Tartu_Kolgata_baptistikogudus, lk 2
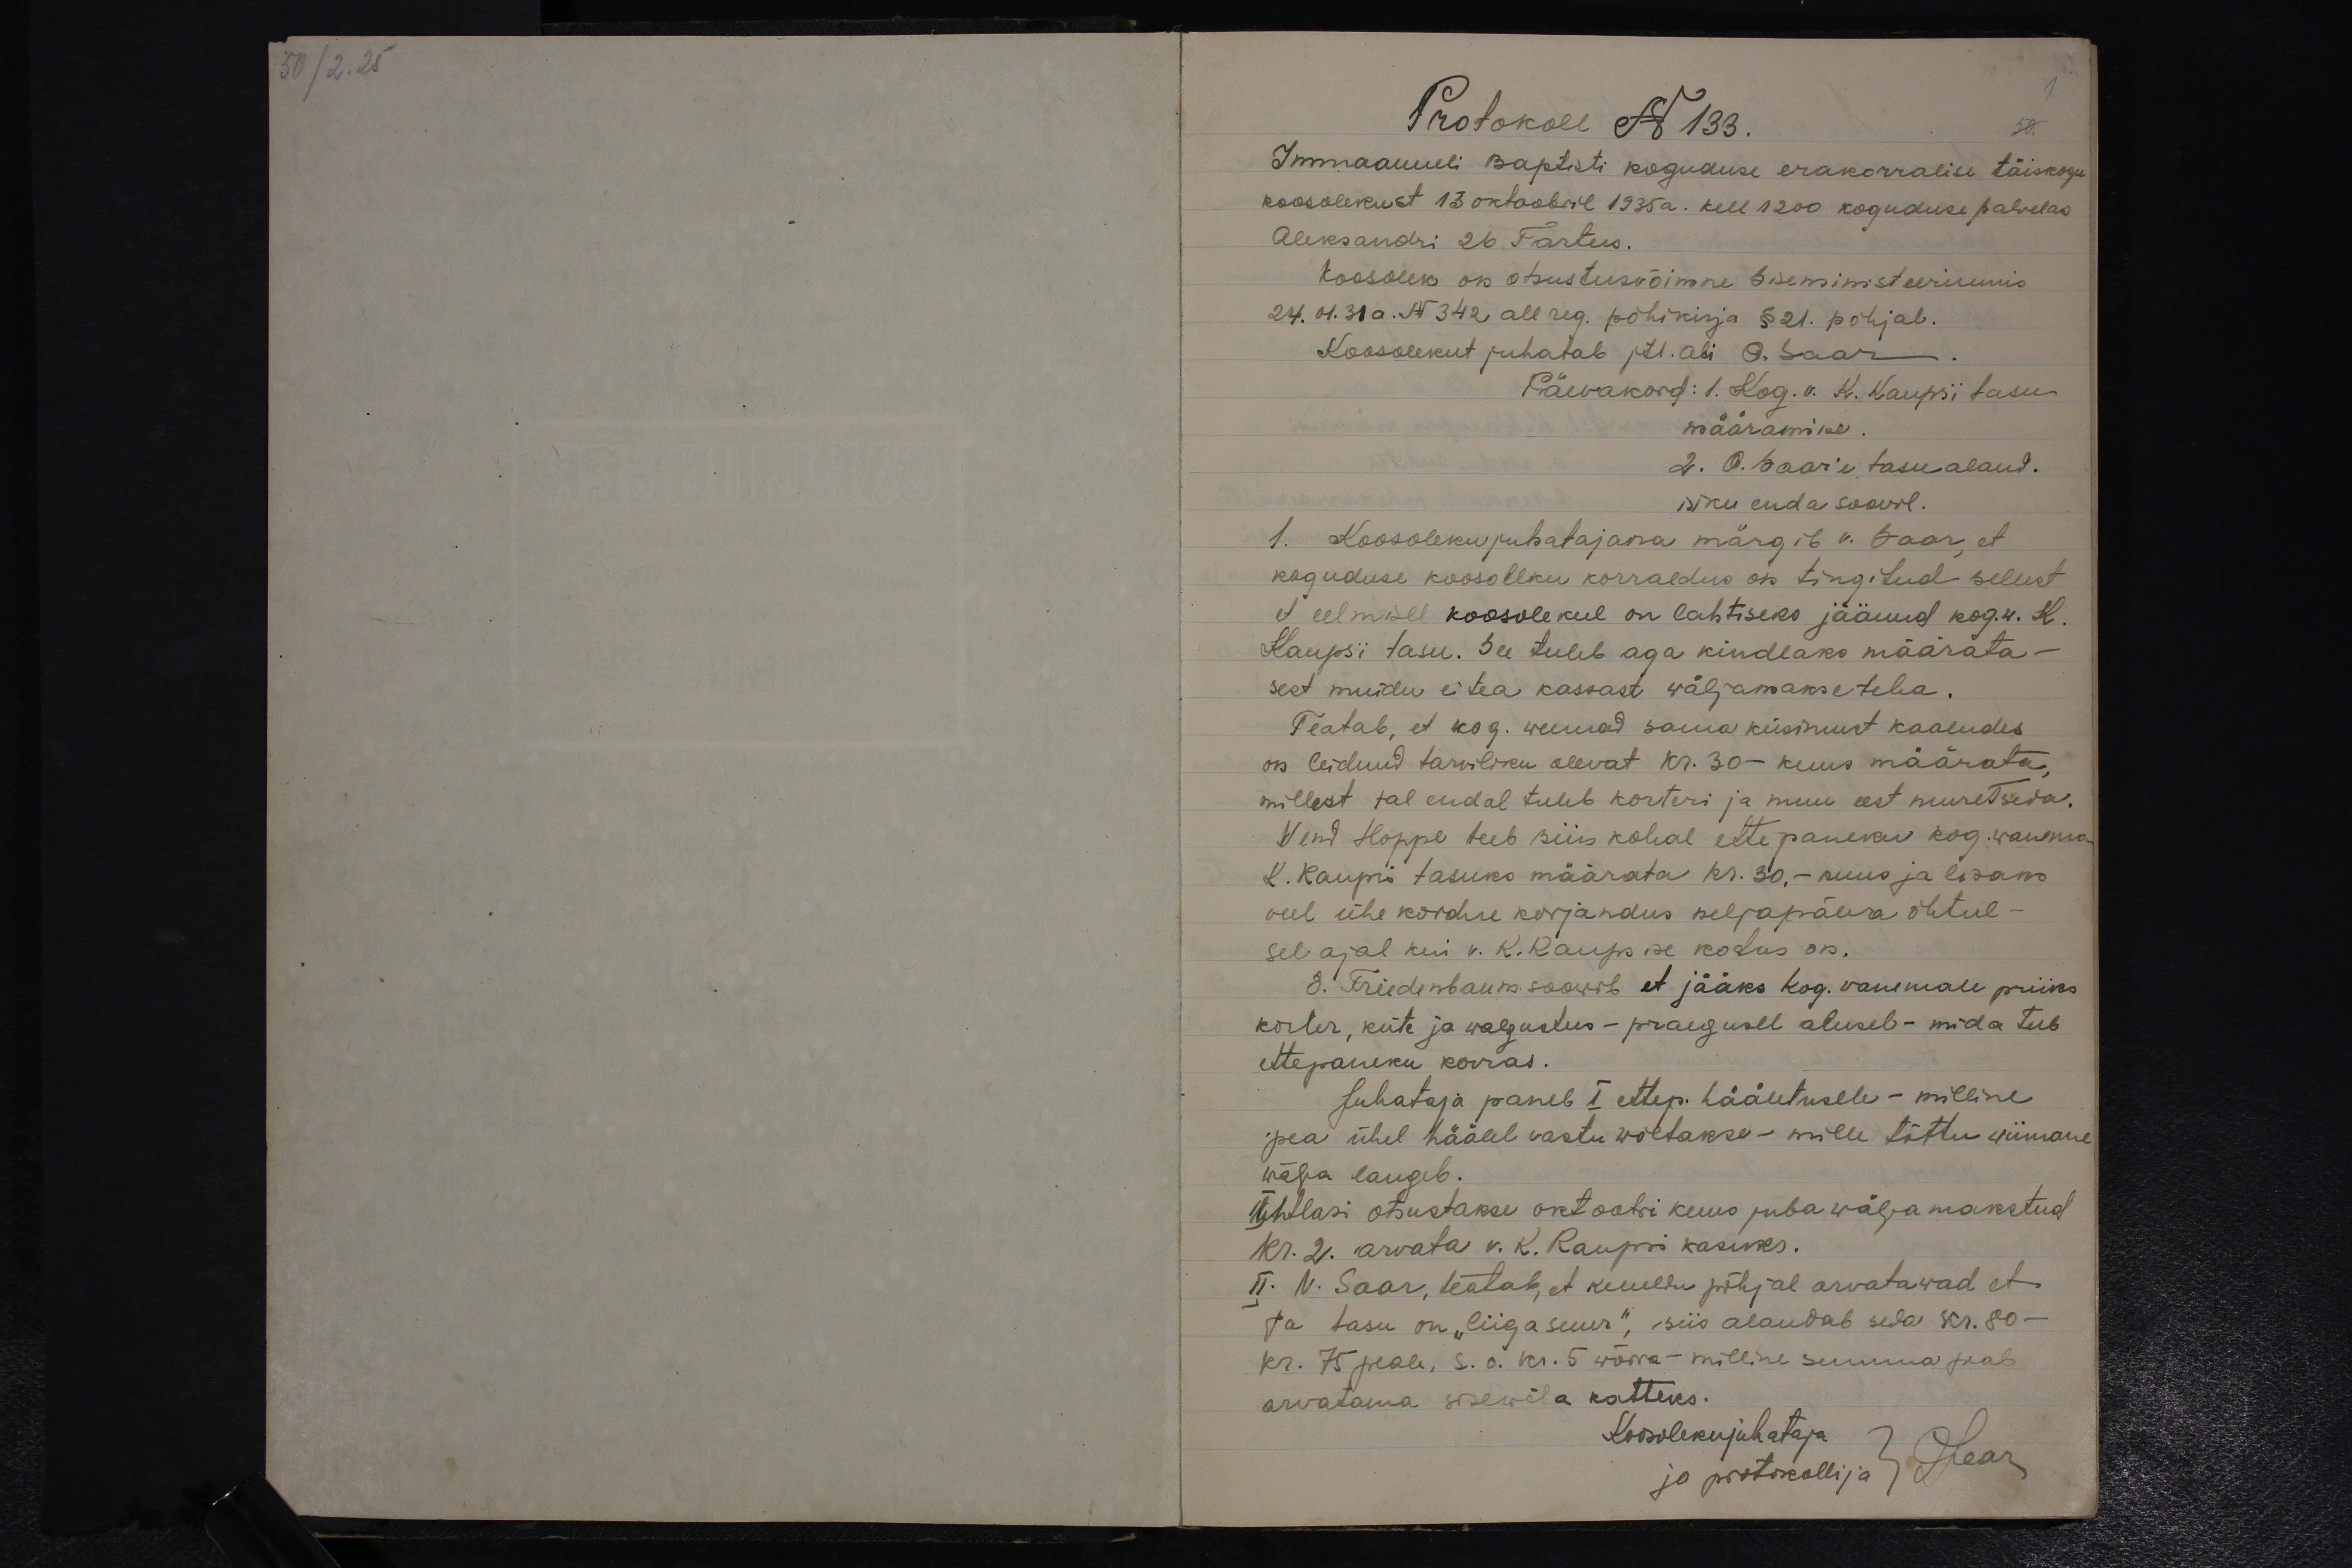
50/2.25

1
Protokoll N 133.
50.
Immaanueli baptisti koguduse erakorralise täiskogu
koosolekust 13 oktoobril 1935 a. kell 1200 koguduse palvelas
Aleksandri 26 Tartus.
Koosolek on otsustusvõimne Siseministeeriumis
24.01.31 a. N 342 all reg. põhikirja § 21. põhjal.
Koosolekut juhatab jtl. abi A. Saar
Päevakord: 1. Kog. v. K. Kaupsi tasu
määramine.
2. O. Saar'e tasu aland.
isiku enda soovil.
1. Koosoleku juhatajana märgib v. Saar, et
koguduse koosoleku korraldus on tingitud sellest
et eelmisel koosolekul on lahtiseks jäänud kog. w. K.
Kaupsi tasu. See tuleb aga kindlaks määrata-
sest muidu ei tea kassast wäljamakse teha.
Teatab, et kog. wennad sama küsimust kaaludes
on leidnud tarviliku olevat kr. 30- kuus määrata,
millest tal endal tuleb korteri ja muu eest muretseda.
Vend Hoppe teeb siin kohal ettepaneku kog. wanema
K. Kaupi tasuks määrata kr. 30,- kuus ja lisana
veel ühe kordne korjandus neljapäeva õhtul-
sel ajal kui v. K. Kaups ise kodus on.
8. Friedenbaum soowib et jääks kog. vanemale priiks
korter, küte ja walgustus - praegusel alusel - mida teeb
ettepaneku korras.
Juhataja paneb I ettep. hääletusele - milline
pea ühel häälel vastu wõetakse - mille tõttu wiimane
wälja langeb.
Ühtlasi otsustakse oktoobri kuus juba wälja makstud
Kr. 2. arvata v. K. Kaupsi kasuks.
II. V. Saar, teatab, et kuuldu põhjal arvatawad et
ta tasu on "liiga suur", siis alandab seda kr. 80-
kr. 75 peale, s.o. kr. 5 wõrra - milline summa peab
arvatama sisewõla katteks.
Koosolekujuhataja
ja protokollija JSaar